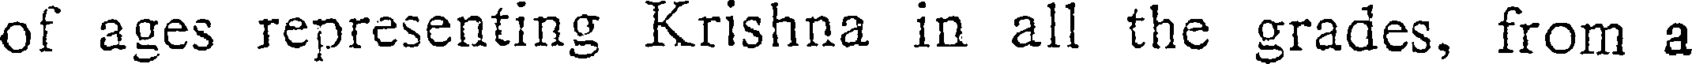
of ages representing Krishna in all the grades, from a